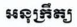
អនុក្រឹត្យ